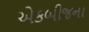
એકબીજના